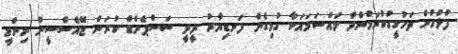
ފުލުހުން ތަހުގީގުކުރަމުންދާ މައްސަލައަކާ ގުޅިގެން ފަނޑިޔާރު ދީދީ ސަސްޕެންޑް ކުރަން ޖޭއެސްސީން ނިންމީ